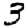
Digit: 3